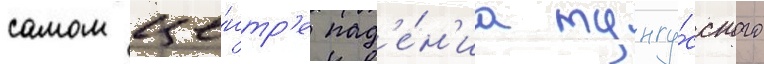
самом це́нтр'е пад'е́н'иа тунгу́сского